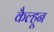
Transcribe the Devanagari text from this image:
कैल्हून